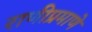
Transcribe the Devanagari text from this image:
राणीप्रमाणे